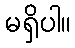
မရှိပါ။